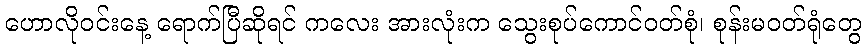
ဟောလိုဝင်းနေ့ ရောက်ပြီဆိုရင် ကလေး အားလုံးက သွေးစုပ်ကောင်ဝတ်စုံ၊ စုန်းမဝတ်ရုံတွေ